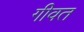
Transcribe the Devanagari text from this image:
गीवत